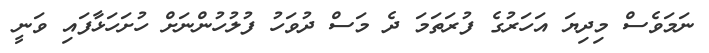
ނަމަވެސް މިދިޔަ އަހަރުގެ ފުރަތަމަ ދެ މަސް ދުވަހު ފުލުހުންނަށް ހުށަހަޅާފައި ވަނީ